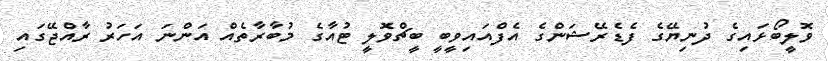
ވޮލީބޯޅައިގެ ދުނިޔޭގެ ފެޑެރޭޝަންގެ އެފްއައިވީބީ ބީޗްވޮލީ ޓުއާގެ މުބާރާތެއް އަންނަ އަހަރު ރާއްޖޭގައި